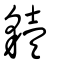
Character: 𧴒